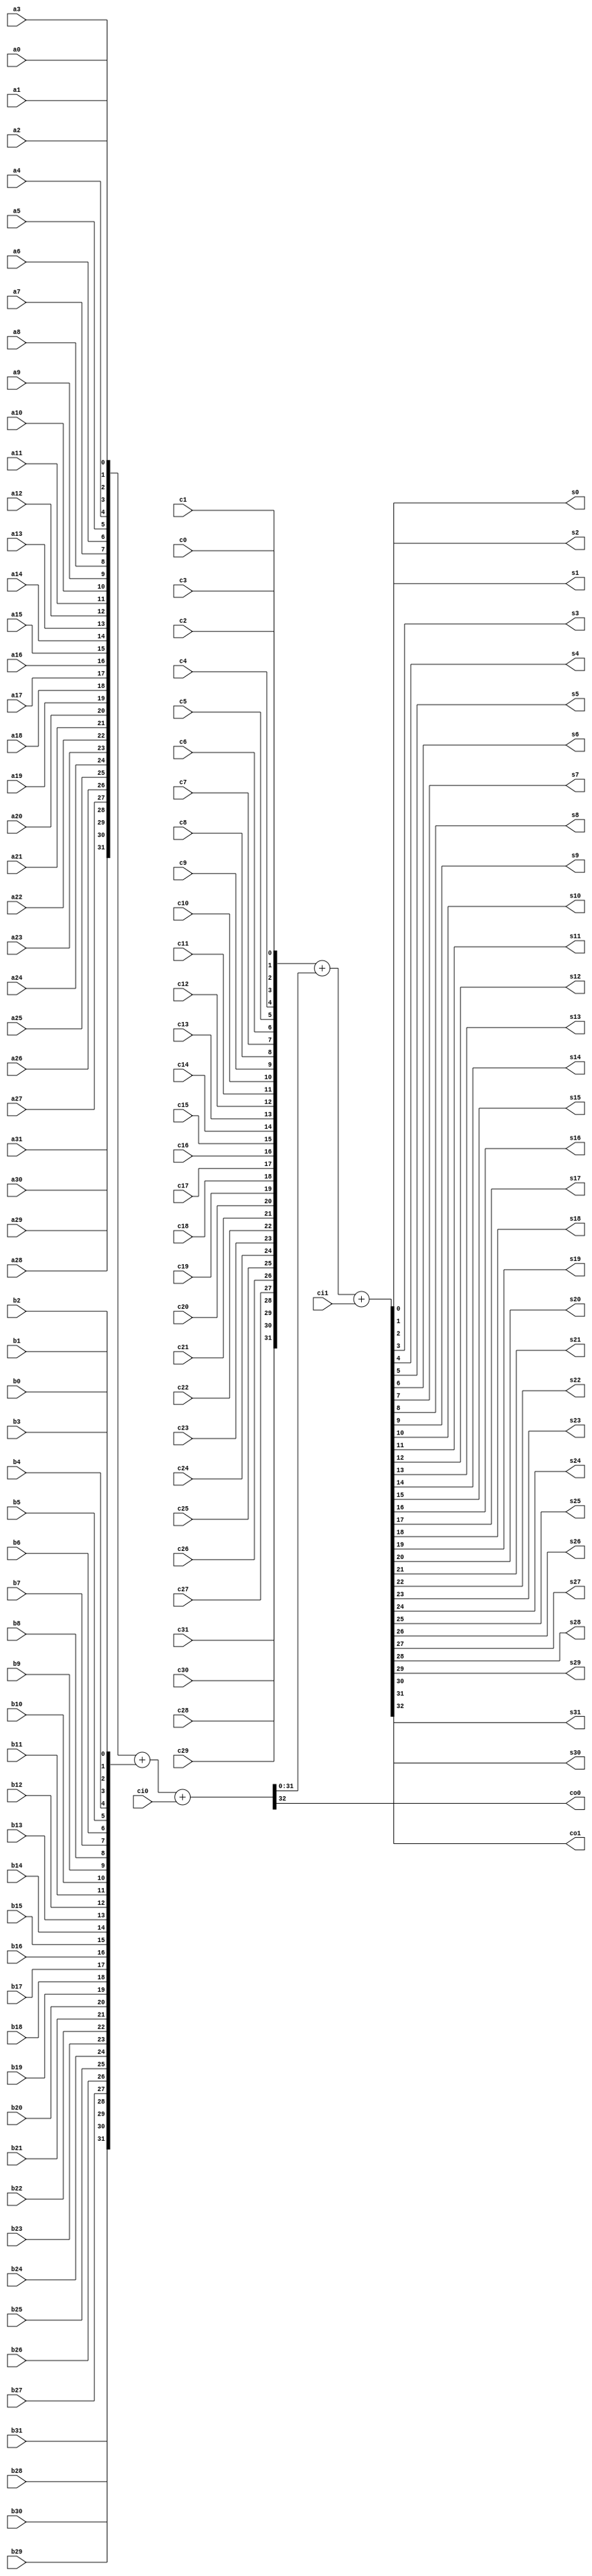
module fa332
(
	output	s0,
	output	s1,
	output	s2,
	output	s3,
	output	s4,
	output	s5,
	output	s6,
	output	s7,
	output	s8,
	output	s9,
	output	s10,
	output	s11,
	output	s12,
	output	s13,
	output	s14,
	output	s15,
	output	s16,
	output	s17,
	output	s18,
	output	s19,
	output	s20,
	output	s21,
	output	s22,
	output	s23,
	output	s24,
	output	s25,
	output	s26,
	output	s27,
	output	s28,
	output	s29,
	output	s30,
	output	s31,
	
	output	co0,
	output	co1,
	
	input		ci0,
	input		ci1,
	
  input a0,
  input b0,
	input c0,
  input a1,
  input b1,
	input c1,
  input a2,
  input b2,
	input c2,
  input a3,
  input b3,
	input c3,
  input a4,
  input b4,
	input c4,
  input a5,
  input b5,
	input c5,
  input a6,
  input b6,
	input c6,
  input a7,
  input b7,
	input c7,
  input a8,
  input b8,
	input c8,
  input a9,
  input b9,
	input c9,
  input a10,
  input b10,
	input c10,
  input a11,
  input b11,
	input c11,
  input a12,
  input b12,
	input c12,
  input a13,
  input b13,
	input c13,
  input a14,
  input b14,
	input c14,
  input a15,
  input b15,
	input c15,
  input a16,
  input b16,
	input c16,
  input a17,
  input b17,
	input c17,
  input a18,
  input b18,
	input c18,
  input a19,
  input b19,
	input c19,
  input a20,
  input b20,
	input c20,
  input a21,
  input b21,
	input c21,
  input a22,
  input b22,
	input c22,
  input a23,
  input b23,
	input c23,
  input a24,
  input b24,
	input c24,
  input a25,
  input b25,
	input c25,
  input a26,
  input b26,
	input c26,
  input a27,
  input b27,
	input c27,
  input a28,
  input b28,
	input c28,
  input a29,
  input b29,
	input c29,
  input a30,
  input b30,
	input c30,
  input a31,
  input b31,
	input c31
);

wire [31:0] a;
wire [31:0] b;
wire [31:0] c;
wire [31:0] s;

wire [31:0] st;

assign a = {a31, a30, 
						a29, a28, a27, a26, a25, a24, a23, a22, a21, a20,
						a19, a18, a17, a16, a15, a14, a13, a12, a11, a10,
						a9, a8, a7, a6, a5, a4, a3, a2, a1, a0};
assign b = {b31, b30, 
						b29, b28, b27, b26, b25, b24, b23, b22, b21, b20,
						b19, b18, b17, b16, b15, b14, b13, b12, b11, b10,
						b9, b8, b7, b6, b5, b4, b3, b2, b1, b0};
assign c = {c31, c30, 
						c29, c28, c27, c26, c25, c24, c23, c22, c21, c20,
						c19, c18, c17, c16, c15, c14, c13, c12, c11, c10,
						c9, c8, c7, c6, c5, c4, c3, c2, c1, c0};

assign s0 = s[0];
assign s1 = s[1];
assign s2 = s[2];
assign s3 = s[3];
assign s4 = s[4];
assign s5 = s[5];
assign s6 = s[6];
assign s7 = s[7];
assign s8 = s[8];
assign s9 = s[9];
assign s10 = s[10];
assign s11 = s[11];
assign s12 = s[12];
assign s13 = s[13];
assign s14 = s[14];
assign s15 = s[15];
assign s16 = s[16];
assign s17 = s[17];
assign s18 = s[18];
assign s19 = s[19];
assign s20 = s[20];
assign s21 = s[21];
assign s22 = s[22];
assign s23 = s[23];
assign s24 = s[24];
assign s25 = s[25];
assign s26 = s[26];
assign s27 = s[27];
assign s28 = s[28];
assign s29 = s[29];
assign s30 = s[30];
assign s31 = s[31];

// assign {co1, co0, s[31:0]} = {2'b00, c[31:0]} + {2'b00, b[31:0]} + {2'b00, a[31:0]} + {32'd0, ci1, ci0};

// Seems wrong, but is defined that way in DUPLO.NET
assign { co0, st[31:0] } = a + b + { 31'd0, ci0 };
assign { co1, s[31:0] } = c + st + { 31'd0, ci1 };

endmodule